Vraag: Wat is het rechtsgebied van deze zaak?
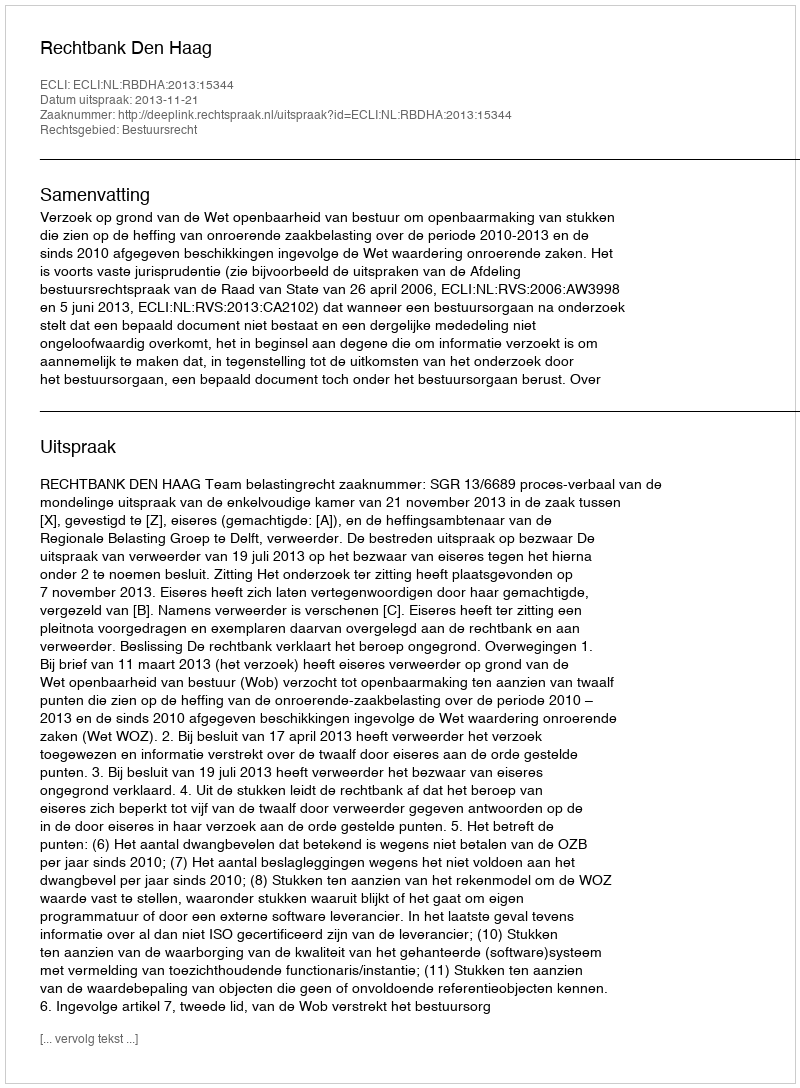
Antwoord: Bestuursrecht